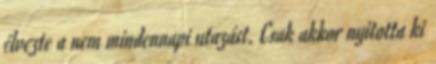
élvezte a nem mindennapi utazást. Csak akkor nyitotta ki